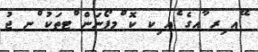
ޭއ ިރ ާއގެ ެއ ިކ ކޮ ްމޕޯނަން ްޓތަކު ްނ ޖު